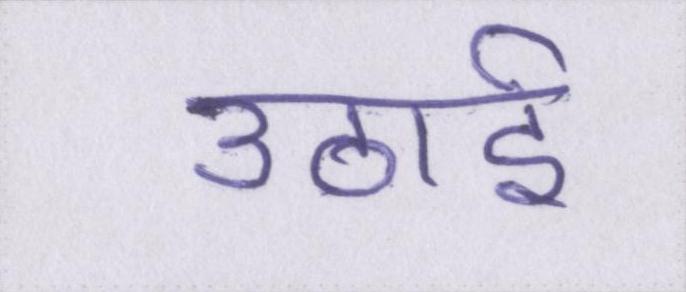
उठाई